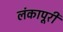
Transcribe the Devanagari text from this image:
लंकापूरी